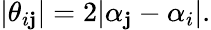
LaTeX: |\theta_{i\mathbf{j}}|=2|\alpha_{\mathbf{j}}-\alpha_{i}|.